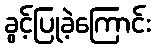
ခွင့်ပြုခဲ့ကြောင်း